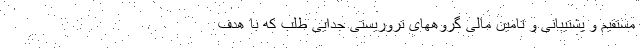
مستقیم و پشتیبانی و تامین مالی گروههای تروریستی جدایی طلب که با هدف